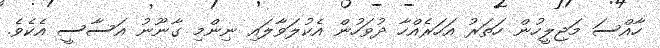
ހާއްސަ މަޖިލީހުން ހަތަރު އަހަރެއްހާ ދުވަހުން އެކުލަވާލައި ނިންމި ގާނޫނު އަސާސީ އެކެވެ.